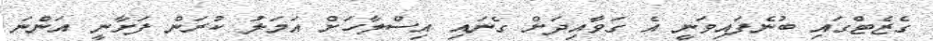
ގެޒެޓްގައި ބުނެފައިވަނީ އެ ގަވާއިދަށް ގެނައި އިސްލާހަށް އަމަލު ކުރަން ފަށާނީ އަންނަ